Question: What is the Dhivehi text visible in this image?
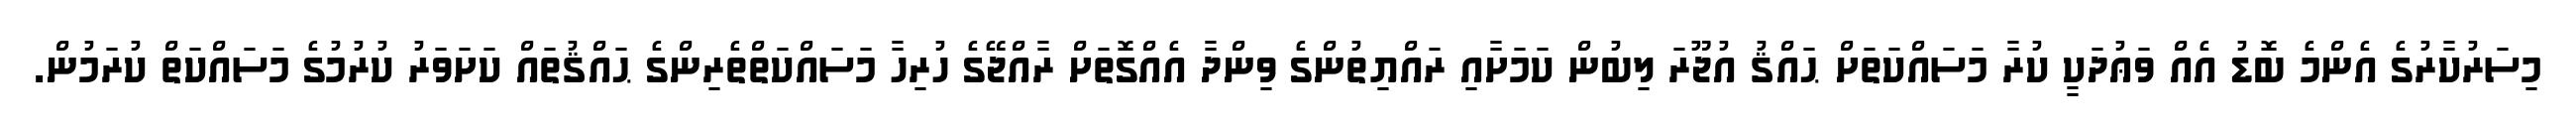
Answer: މިސަރުކާރުގެ އެންމެ ބޮޑު އެއް ވަޢުދަކީ ކުރާ މަސައްކަތަށް ޙައްޤު އުޖޫރަ ލިބުން ކަމަށާއި ރައްޔިތުންގެ ވިންދާ އެއްގޮތަށް ރާއްޖޭގެ ހުރިހާ މަސައްކަތްތެރިންގެ ޙައްޤުތައް ކަށަވަރު ކުރުމުގެ މަސައްކަތް ކުރަމުން.